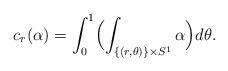
LaTeX: \begin{align*} c_r(\alpha) = \int_0^1\Bigl(\int_{\{(r,\theta)\}\times S^1}\alpha\Bigr)d\theta. \end{align*}